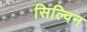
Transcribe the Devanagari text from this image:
सिल्विन